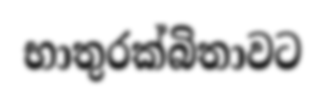
භාතුරක්බිතාවට